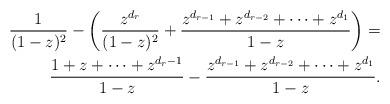
LaTeX: \begin{align*}\frac{1}{(1-z)^2} - \left(\frac{z^{d_r}}{(1-z)^2} + \frac{z^{d_{r-1}} + z^{d_{r-2}} + \cdots + z^{d_1}}{1-z}\right)= \\\frac{1 + z + \cdots + z^{d_r-1}}{1-z} - \frac{z^{d_{r-1}} + z^{d_{r-2}} + \cdots + z^{d_1}}{1-z}.\end{align*}